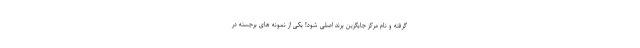
گرفته و نام مرکز جایگزین برند اصلی شود! یکی از نمونه های برجسته در